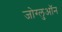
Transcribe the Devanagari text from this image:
जोग्लुऑन